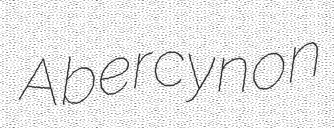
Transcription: Abercynon